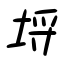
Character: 埒